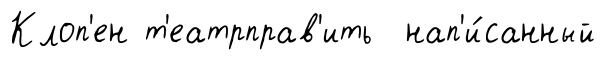
Клоп'ен т'еатрправ'ить нап'и́санный